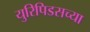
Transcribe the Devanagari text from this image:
युरिपिडसच्या